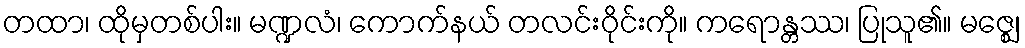
တထာ၊ ထိုမှတစ်ပါး။ မဏ္ဍလံ၊ ကောက်နယ် တလင်းဝိုင်းကို။ ကရောန္တဿ၊ ပြုသူ၏။ မဇ္ဈေ၊